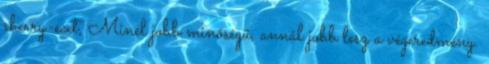
sherry-ecet, Minél jobb minőségű, annál jobb lesz a végeredmény.